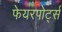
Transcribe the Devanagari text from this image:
फेयरपोर्ट्स